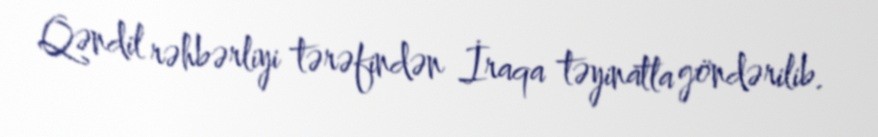
Qəndil rəhbərliyi tərəfindən İraqa təyinatla göndərilib.